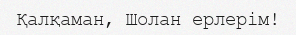
Қалқаман, Шолан ерлерім!